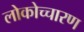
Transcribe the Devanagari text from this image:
लोकोच्चारण